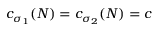
c _ { \sigma _ { 1 } } ( { N } ) = c _ { \sigma _ { 2 } } ( { N } ) = c